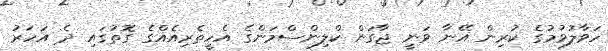
ހަވާލުވުމުގެ ކުރިން އޭނާ ވަނީ ޖާގަން ކްލިންސްމަންގެ އެހީތެރިއެއްގެ ގޮތުގައި ދެ އަހަރު